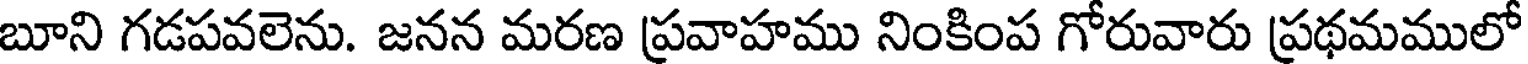
బూని గడపవలెను. జనన మరణ ప్రవాహము నింకింప గోరువారు ప్రథమములో